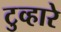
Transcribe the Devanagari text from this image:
टुव्हारे